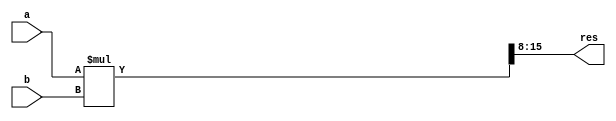
`timescale 1ps/1ps
module eigth_bit_multiplier(input [7:0]a , b , output [7:0]res);
    wire [15:0] mult;
    assign mult = a *b;
    assign res = mult[15:8];
endmodule